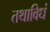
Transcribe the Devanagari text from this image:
तथाविधं